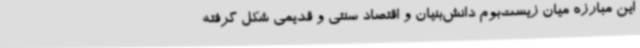
این مبارزه میان زیست‌بوم دانش‌بنیان و اقتصاد سنتی و قدیمی شکل گرفته